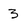
Character: 3